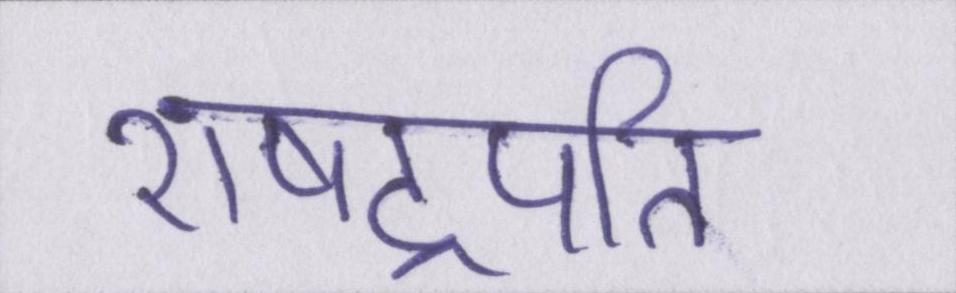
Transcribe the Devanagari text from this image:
राषट्रपति